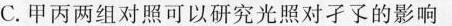
C.甲丙两组对照可以研究光照对子了的影响